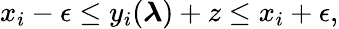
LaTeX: x_{i}-\epsilon\le y_{i}(\boldsymbol{\lambda})+z\le x_{i}+\epsilon,